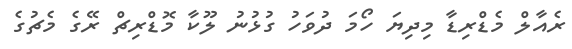
ރެއާލް މެޑްރިޑާ މިދިޔަ ހޯމަ ދުވަހު ގުޅުނު ލޫކާ މޮޑްރިޗް ރޭގެ މެޗުގެ